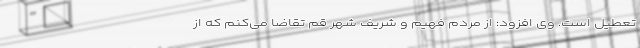
تعطیل است. وی افزود: از مردم فهیم و شریف شهر قم تقاضا می‌کنم که از